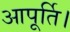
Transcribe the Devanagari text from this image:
आपूर्ति।